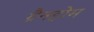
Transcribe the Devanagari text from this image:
ग्रैनहोम